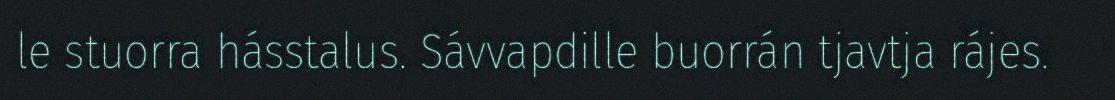
le stuorra hásstalus. Sávvapdille buorrán tjavtja rájes.